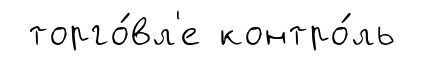
торго́вл'е контро́ль